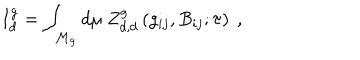
I _ { d } ^ { g } = \int _ { { \cal { M } } _ { g } } d \mu ~ Z _ { d , d } ^ { g } \left( g _ { i j } , B _ { i j } ; \tau \right) \ ,